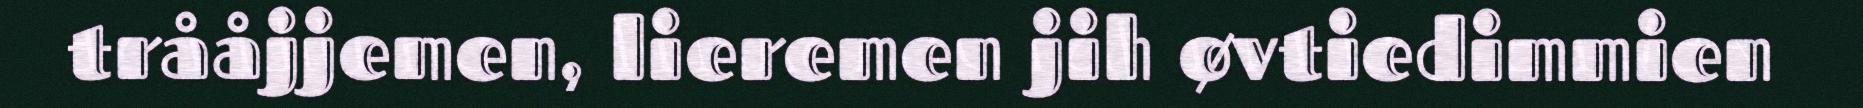
trååjjemen, lieremen jih øvtiedimmien